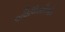
ઇવિલિસતિઓન